Uue-Poltsamaa_vallakohus, lk 64
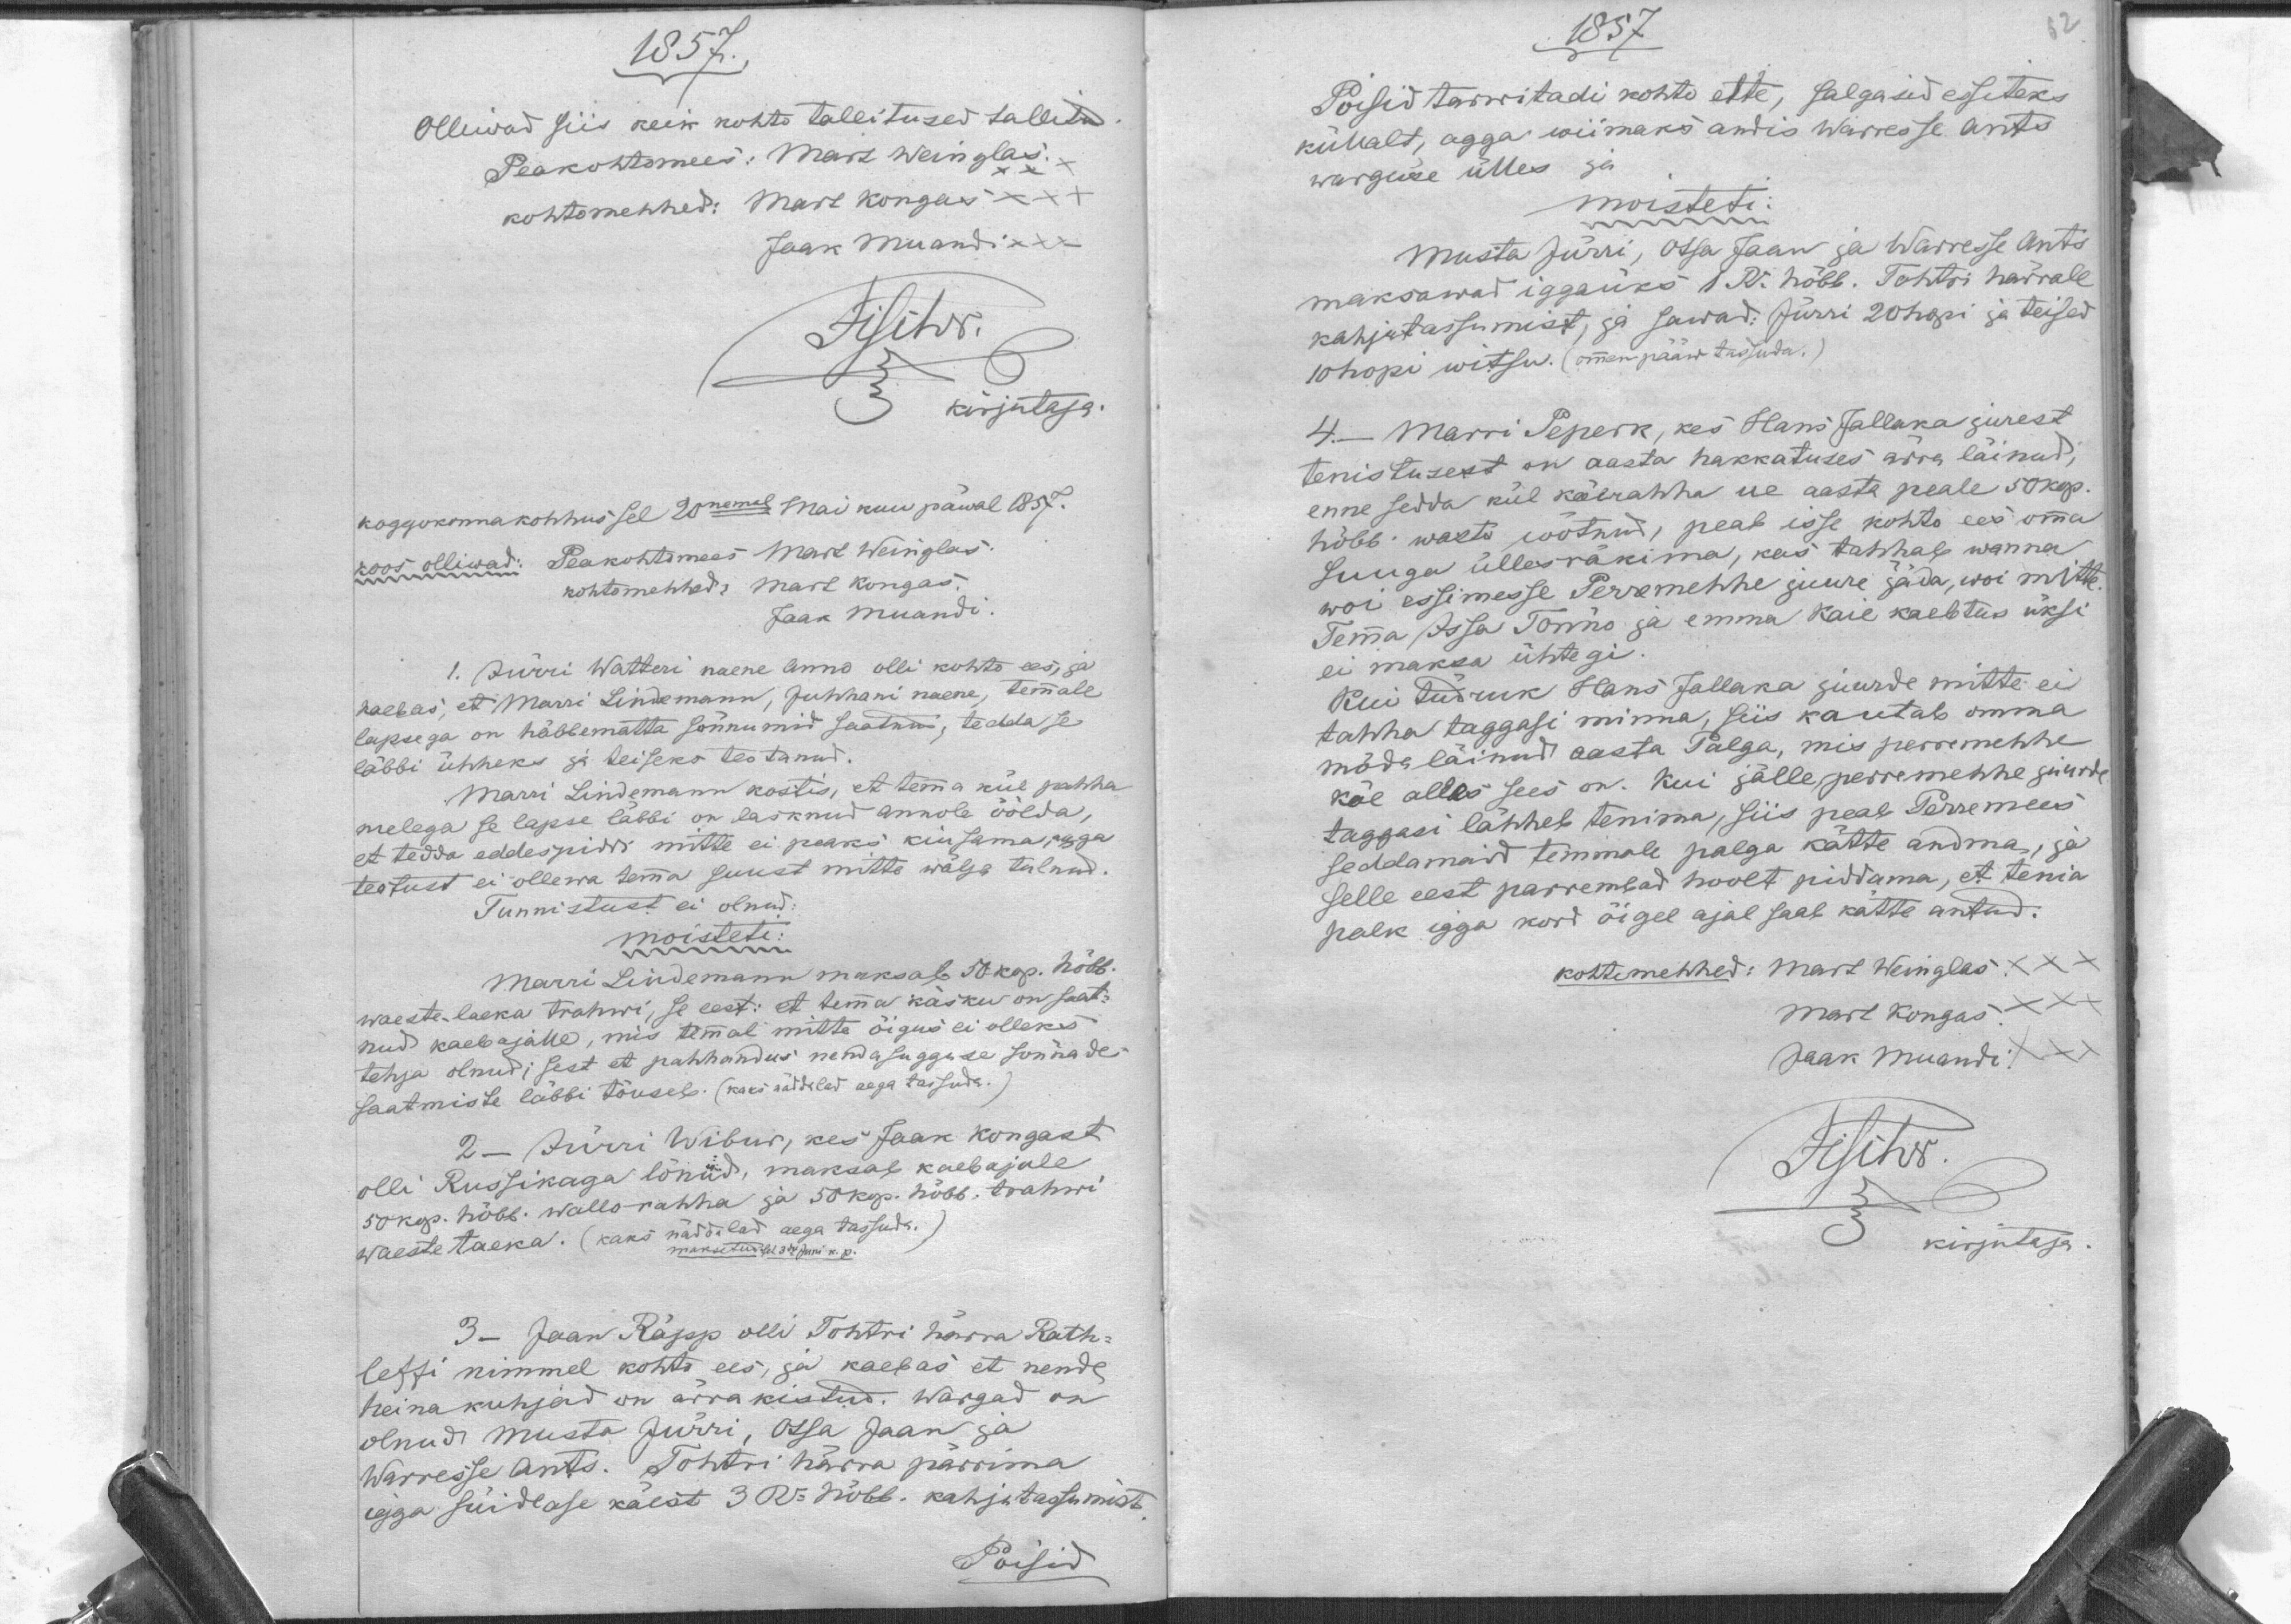
1857.
Olliwad siis keik kohto tallitused tallitud
Peakohtomees: Mart Weinglas.
kohtomehhed: Mart Kongas XXX
Jaak Muandi XXX
kirjutaja.
koggokonna kohhus sel 20nemal Mai kuu päwal 1857.
koos ollivad: Peakohtomees Mart Weinglas.
kohtomehhed: Mart Kongas.
Jaak Muandi.
1. Jürri Watteri naene Anno olli kohto ees, ja
kaebas, et Marri Lindemann, Juhhani naene, temmale
lapsega on häbbematta sõnnumid saatnud, tedda se
läbbi ühheks ja teiseks teotanud.
Marri Lindemann kostis, et temma kül pahha
melega se lapse läbbi on lasknud Annole õelda,
et tedda eddespiddi mitte ei peaks kiusama, agga
teotust ei ollewa temma suust mitte wälja tulnud.
Tunnistust ei olnud.
moisteti:
Marri Lindemann maksab 50 kop. hõbb.
waeste-laeka Trahwi, se eest: et temma käsku on saat-
nud kaebajalle, mis temmal mitte õigus ei olleks
tehja olnud; sest et pahhandus nendasugguse sõnnade
saatmiste läbbi tõuseb. (kaks näddaled aega tassuda.)
2 - Jürri Wibur, kes Jaak Kongast
olli Russikaga lönud. maksab kaebajale
50 kop. hõbb. wallo-rahha ja 50 kop. hõbb. trahwi
waeste laeka. (kaks näddalad aega tassuda.)
maksetud sel 3dal Juni k. p.
3 - Jaan Räpp olli Tohtri härra Rath-
leffi nimmel kohto ees, ja kaebas et nende
heina kuhjad on ärra kistud. Wargad on
olnud Musta Jürri, Otsa Jaan ja
Warresse Ants. Tohtri härra pärrima
igga süidlase käest 3 Ru hõbb. kahjutassumist.
Poisid

2
1857
Poisid tarwitadi kohto ette, salgasid esiteks
küllalt, agga wiimaks andis Warresse Ants
warguse ülles ja
moisteti:
Musta Jürri, Otsa Jaan ja Warresse Ants
maksawad iggaüks 1 Ru. hõbb. Tohtri härrale
kahjutassumist, ja sawad: Jürri 20 hopi ja teised
10 hopi witsu (ommen pääw tassuda.)
4.- Marri Peperk, kes Hans Jallaka jurest
tenistusest on aasta hakkatuses ärra läinud, 
enne sedda kül käerahha ue aasta peale 50 kop.
hõbb. wasto wõtnud, peab isse kohto ees omma
suuga üllesräkima, kas tahhab wanna
woi essimesse Perremehhe juure jäda, woi mitte.
Temma Issa Tõnno ja emma Kaie kaebtus üksi
ei maksa ühtegi.
Kui tüdruk Hans Jallaka juurde mitte ei
tahha taggasi minna, siis kautab omma
mõda läinud aasta Palga, mis perremehhe
käe alles sees on. Kui jälle perremehhe juurte
taggasi lähheb tenima, siis peab Perremees
seddamaid temmale palga kätte andma, ja
selle eest parrembad hoolt piddama, et tenia
palk igga kord õigel ajal saab kätte antud.
kohtomehhed: Mart Weinglas XX
Mart Kongas XXX
Jaak Muandi XXX
kirjutaja.